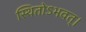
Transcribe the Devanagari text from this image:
स्थितोऽभवत्‌।